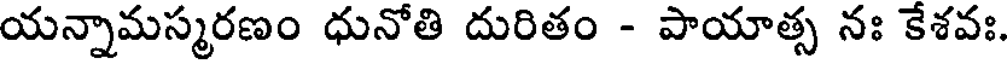
యన్నామస్మరణం ధునోతి దురితం - పాయాత్స నః కేశవః.